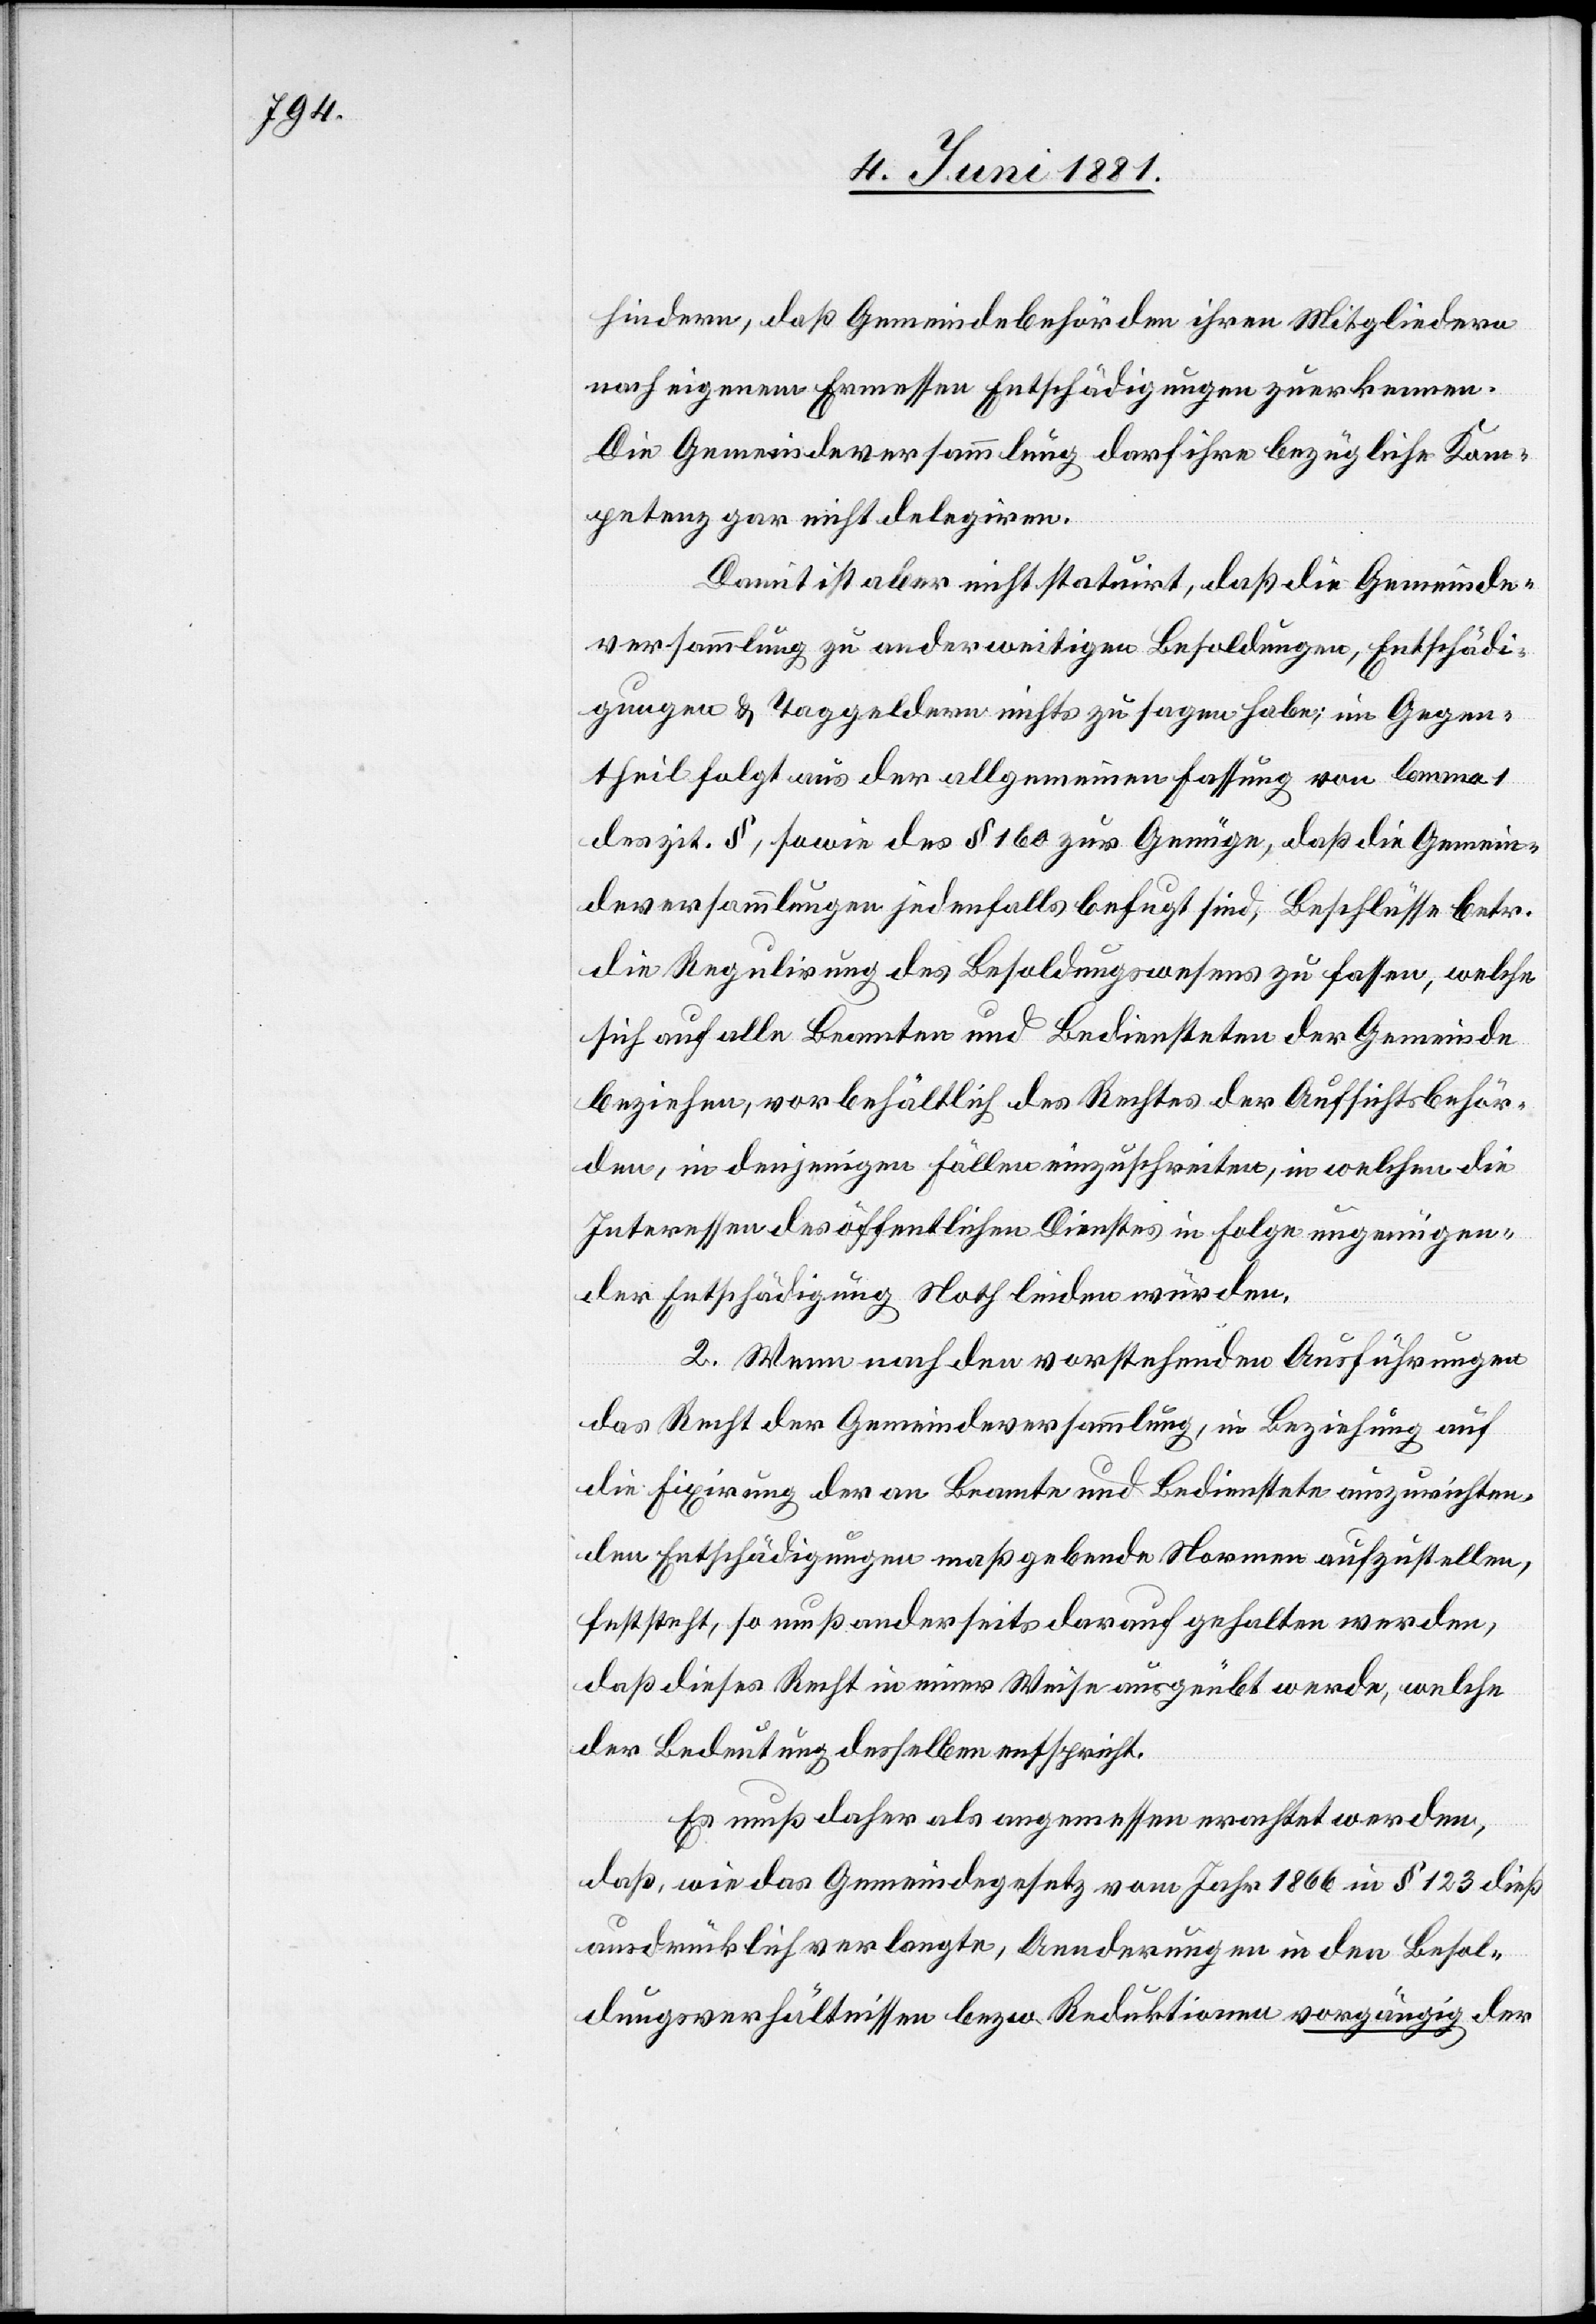
hindern, daß Gemeindebehörden ihren Mitgliedern
nach eigenem Ermessen Entschädigungen zuerkennen.
Die Gemeindeversammlung darf ihre bezügliche Kom¬
petenz gar nicht delegieren.
Damit ist aber nicht statuirt, daß die Gemeinde¬
versammlung zu anderweitigen Besoldungen, Entschädi¬
gungen & Taggeldern nichts zu sagen habe; im Gegen¬
theil folgt aus der allgemeinen Fassung vom lemma 1
des zit. §, sowie des § 160 zur Genüge, daß die Gemein¬
deversammlungen jedenfalls befugt sind, Beschlüsse betr.
die Regulirung des Besoldungswesens zu fassen, welche
sich auf alle Beamten und Bediensteten der Gemeinde
beziehen, vorgehältlich des Rechtes der Aufsichtsbehör¬
den, in denjenigen Fällen einzuschreiben, in welchen die
Interessen des öffentlichen Dienstes in Folge ungenügen¬
der Entschädigung Noth leiden würden.
2. Wenn nach den vorstehenden Ausführungen
das Recht der Gemeindeversammlung, in Beziehung auf
die Fixirung der an Beamte und Bedienstete auszurichten¬
den Entschädigungen maßgebende Normen aufzustellen,
feststeht, so muß anderseits darauf gehalten werden,
daß dieses Recht in einer Weise ausgeübt werde, welche
der Bedeutung desselben entspricht.
Es muß daher als angemessen erachtet werden,
daß, wie das Gemeindegesetz vom Jahr 1866 in § 123 dieß
ausdrücklich verlangte, Aenderungen in den Besol¬
dungsverhältnissen bezw. Reduktionen vorgängig der